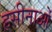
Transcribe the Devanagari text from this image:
हसीनाओं